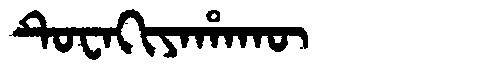
Manchu: ᡨᡠᠸᠠᡴᡳᠶᠠᡥᠠᡴᡡ
Romanization: TUWAKIYAHAKŪ